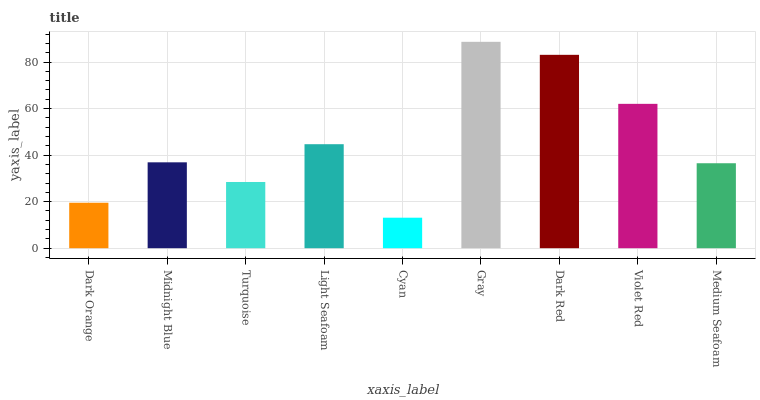
| xaxis_label | bars |
 | --- | --- |
 | Dark Orange | 19.5 |
 | Midnight Blue | 36.9 |
 | Turquoise | 28.5 |
 | Light Seafoam | 44.7 |
 | Cyan | 13.1 |
 | Gray | 88.7 |
 | Dark Red | 83.1 |
 | Violet Red | 62 |
 | Medium Seafoam | 36.5 |